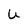
Character: U